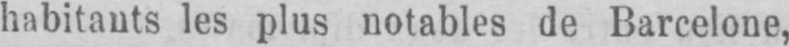
habitants les plus notables de Barcelone,